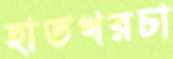
হাতখরচা